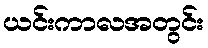
ယင်းကာလအတွင်း